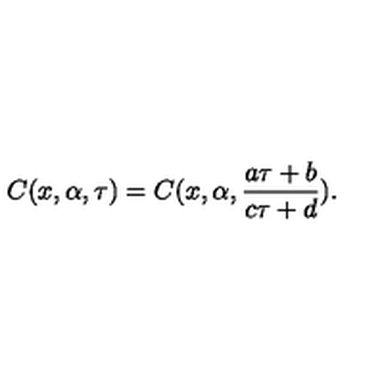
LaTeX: C ( x , \alpha , \tau ) = C ( x , \alpha , \frac { a \tau + b } { c \tau + d } ) .